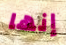
إنها